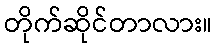
တိုက်ဆိုင်တာလား။